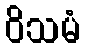
ဝိသမံ